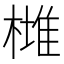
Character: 𣙯